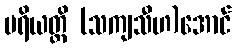
ပရိယတ္တိ (သကျသီဟ)အောင်